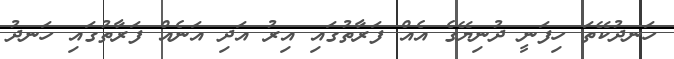
ހަނދުކޭޭތަ ހިފަނީ ދުނިޔޭގެ އެއް ފަރާތުގައި އިރު އަދި އަނެއް ފަރާތުގައި ހަނދު